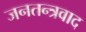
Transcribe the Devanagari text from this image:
जनतन्त्रवाद